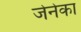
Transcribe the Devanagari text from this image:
जेनेका